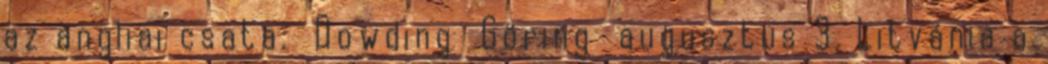
az angliai csata. Dowding Göring augusztus 3. Litvánia a